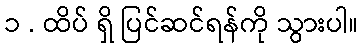
၁ . ထိပ် ရှိ ပြင်ဆင်ရန်ကို သွားပါ။